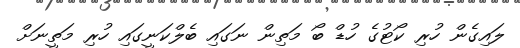
ލައިގެން ހުރި ކޯޓުގެ ހުޑް ބޯ މަތިން ނަގައި ބެލްކަނީގައި ހުރި މަތީނަށް